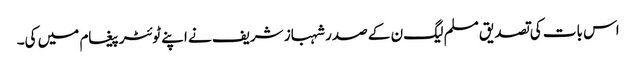
اس بات کی تصدیق مسلم لیگ ن کے صدر شہباز شریف نے اپنے ٹوئٹر پیغام میں کی۔